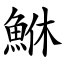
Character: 鮴